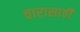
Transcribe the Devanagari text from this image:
चारासाठी